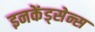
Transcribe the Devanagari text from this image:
इनकेंड्सेन्स